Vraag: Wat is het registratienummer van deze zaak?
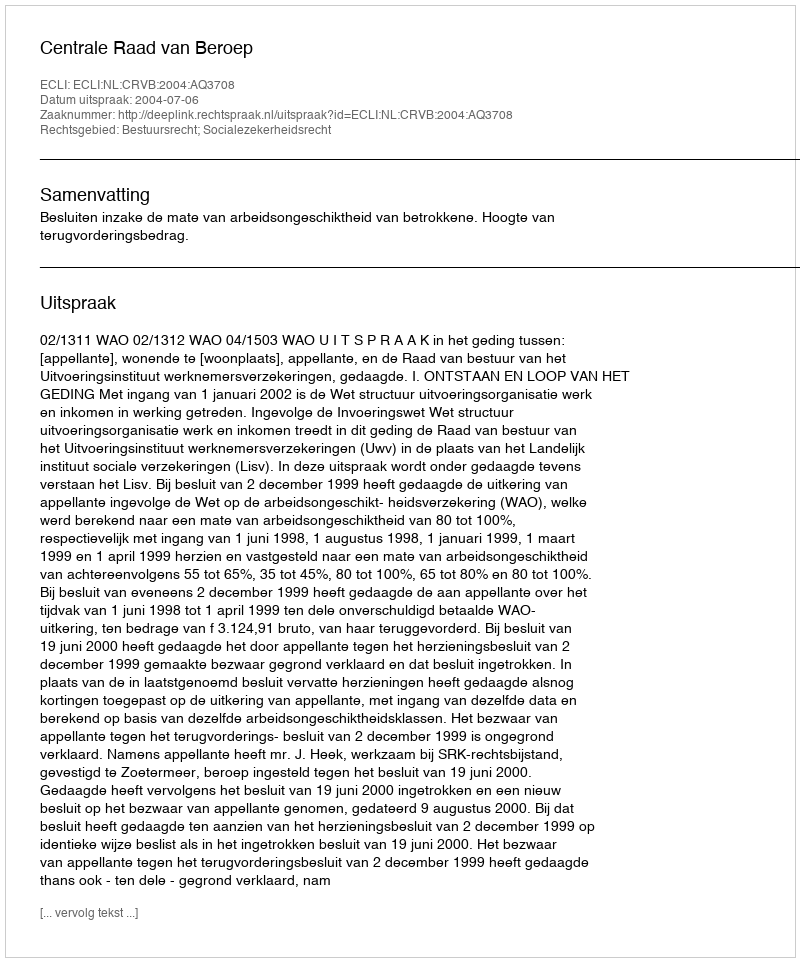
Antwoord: http://deeplink.rechtspraak.nl/uitspraak?id=ECLI:NL:CRVB:2004:AQ3708